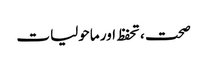
صحت ، تحفظ اور ماحولیات